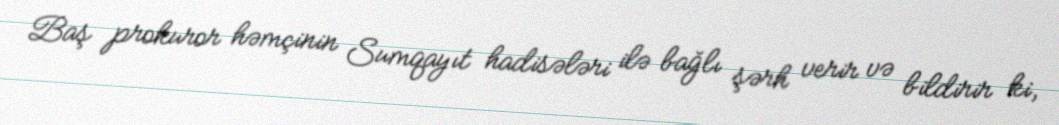
Baş prokuror həmçinin Sumqayıt hadisələri ilə bağlı şərh verir və bildirir ki,